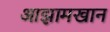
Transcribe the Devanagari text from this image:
आझामखान